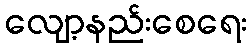
လျော့နည်းစေရေး